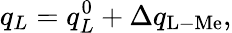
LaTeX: q_{L}=q_{L}^{0}+\Delta q_{\mathrm{L-Me}},